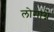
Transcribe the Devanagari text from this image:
लोमाग्ने